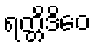
ရတ္တိဒိဝေ